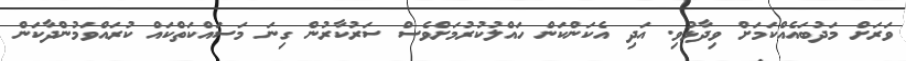
ވަރަށް މަދުބައެއްކަމަށް ވިދާޅުވި. އަދި އެކަންކަން ހައްލުކުރުމަށްވެސް ސަރުކާރުން ގިނަ މަސައްކަތްކައް ކުރައްވަމުންދާކަން